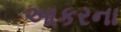
આકરના